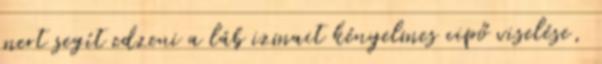
mert segít edzeni a láb izmait kényelmes cipő viselése,